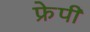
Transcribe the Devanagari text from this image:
फ्रेपी